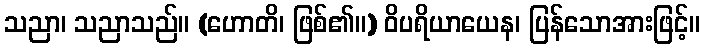
သညာ၊ သညာသည်။ (ဟောတိ၊ ဖြစ်၏။) ဝိပရိယာယေန၊ ပြန်သောအားဖြင့်။